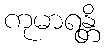
ကုမာရန္တိ